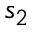
s _ { 2 }